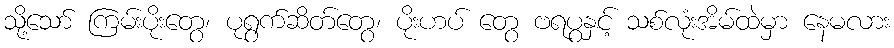
သို့သော် ကြမ်းပိုးတွေ၊ ပုရွက်ဆိတ်တွေ၊ ပိုးဟပ် တွေ ဗရပွနှင့် သစ်လုံးအိမ်ထဲမှာ နေမလား